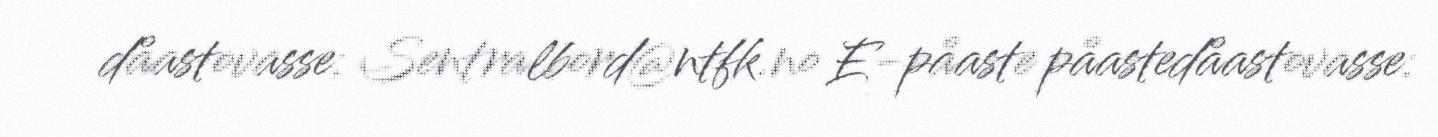
dåastovasse: Sentralbord@ntfk.no E-påaste påastedåastovasse: